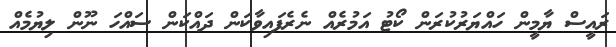
ރައީސް ޔާމީން ހައްޔަރުކުރަން ކޯޓު އަމުރެއް ނެރެފައިވާކަން ދައްކަން ސައްހަ ނޫން ލިޔުމެއް